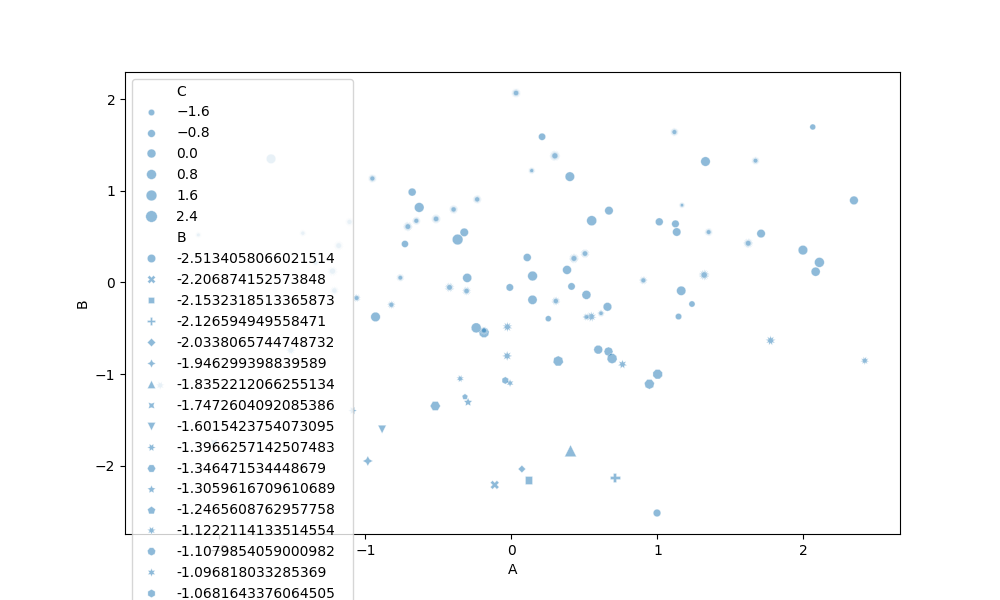
python, seaborn, scatterplot, hue='None', style='B', size='C', palette='deep', alpha=0.5